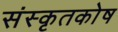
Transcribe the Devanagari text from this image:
संस्कृतकाेष